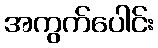
အကွက်ပေါင်း